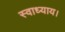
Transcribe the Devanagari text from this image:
स्वाध्याय।